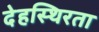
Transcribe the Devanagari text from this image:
देहस्थिरता